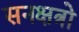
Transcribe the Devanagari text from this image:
सनक्षत्रो